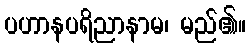
ပဟာနပရိညာနာမ၊ မည်၏။